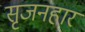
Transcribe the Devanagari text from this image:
सृजनहार